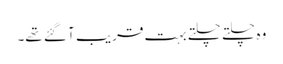
وہ چلتے چلتے بہت قریب آ گئے تھے۔